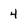
Character: 4